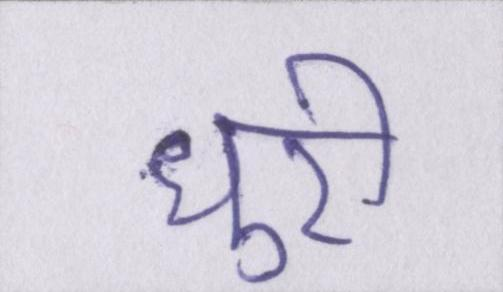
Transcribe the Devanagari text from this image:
धुरी